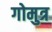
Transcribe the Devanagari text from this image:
गोमुत्र